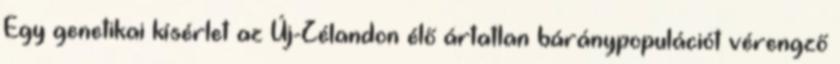
Egy genetikai kísérlet az Új-Zélandon élő ártatlan báránypopulációt vérengző